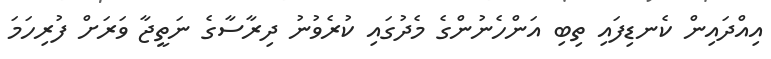
އިއްދައިން ކެނޑިފައި ތިބި އަންހެނުންގެ މެދުގައި ކުރެވުނު ދިރާސާގެ ނަތީޖާ ވަރަށް ފުރިހަމަ